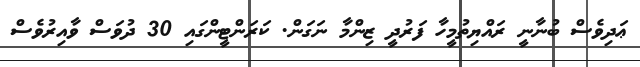
ޢަދިވެސް ބުނާނީ ރައްޔިތުމީހާ ފަރުދީ ޒިންމާ ނަގަން. ކަރަންްޓީންގައި 30 ދުވަސް ވާއިރުވެސް